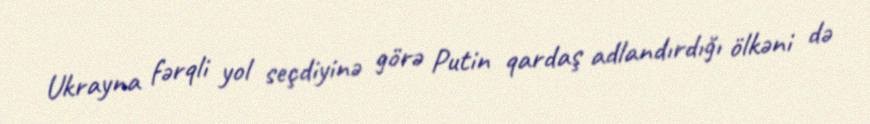
Ukrayna fərqli yol seçdiyinə görə Putin qardaş adlandırdığı ölkəni də